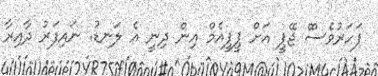
ފަހަރުވެސްް ޖޭޕީ އަށް ޕީޕީއެމް އިން ދިނީ އެ ލަނޑު. ނައިފަރު ދާއިރާ